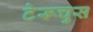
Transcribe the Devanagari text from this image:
टेरूचुस